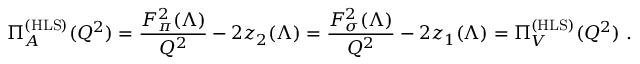
\Pi _ { A } ^ { \mathrm { ( H L S ) } } ( Q ^ { 2 } ) = \frac { F _ { \pi } ^ { 2 } ( \Lambda ) } { Q ^ { 2 } } - 2 z _ { 2 } ( \Lambda ) = \frac { F _ { \sigma } ^ { 2 } ( \Lambda ) } { Q ^ { 2 } } - 2 z _ { 1 } ( \Lambda ) = \Pi _ { V } ^ { \mathrm { ( H L S ) } } ( Q ^ { 2 } ) \ .